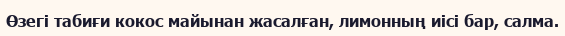
Өзегі табиғи кокос майынан жасалған, лимонның иісі бар, салма.